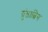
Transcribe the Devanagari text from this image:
ग्रुंडात्विग